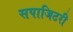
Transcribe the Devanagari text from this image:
सपाजिटरी